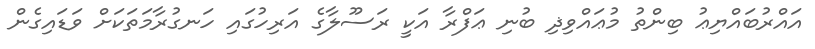
އައްރުބައްޔިޢު ބިންތު މުޢައްވިޛި ބުނި ޢަފްރާ އަކީ ރަސޫލާގެ އަރިހުގައި ހަނގުރާމަތަކަށް ވަޑައިގެން